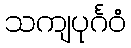
သကျပုင်္ဂဝံ